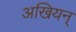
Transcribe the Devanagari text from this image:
अखियन्